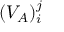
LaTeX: ( V _ { A } ) _ { i } ^ { j }